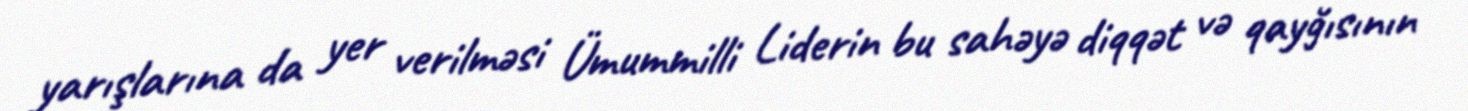
yarışlarına da yer verilməsi Ümummilli Liderin bu sahəyə diqqət və qayğısının